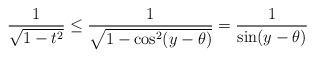
\begin{align*}\frac{1}{\sqrt{1-t^2}} \leq \frac{1}{\sqrt{1-\cos^2(y-\theta)}} = \frac 1 {\sin (y-\theta)}\end{align*}